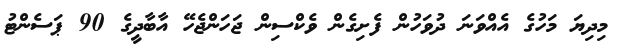
މިދިޔަ މަހުގެ އެއްވަނަ ދުވަހުން ފެށިގެން ވެކްސިން ޖަހަންޖެހޭ އާބާދީގެ 90 ޕަސެންޓު